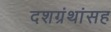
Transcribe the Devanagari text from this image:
दशग्रंथांसह